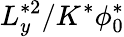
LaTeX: L_{y}^{*2}/K^{*}\phi_{0}^{*}